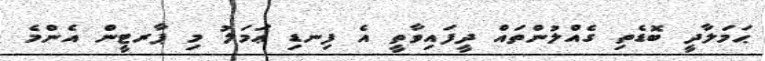
ޙަމަލާދީ ބޮޑެތި ގެއްލުންތައް ދީފައިވާތީ އެ ފިނޑި ޢަމަލު މި ޕާރޓީން އެންމެ